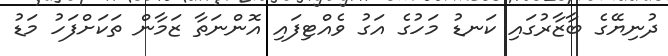
ދުނިޔޭގެ ބާޒާރުގައި ކަނޑު މަހުގެ އަގު ވެއްޓިފައި އޮންނަތާ ޒަމާން ތަކަށްފަހު މަޑު